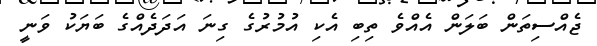
ޖެއްސިތަން ބަލަން އެއްވެ ތިބި އެކި އުމުރުގެ ގިނަ އަދަދެއްގެ ބަޔަކު ވަނީ